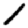
Digit: 1